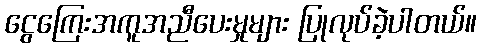
ငွေကြေးအကူအညီပေးမှုများ ပြုလုပ်ခဲ့ပါတယ်။